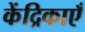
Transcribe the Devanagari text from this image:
केंद्रिकाएँ